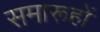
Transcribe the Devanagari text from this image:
समारूहों